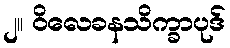
၂။ ဝိလေခနသိက္ခာပုဒ်